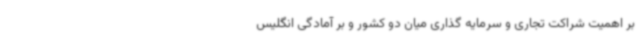
بر اهمیت شراکت تجاری و سرمایه گذاری میان دو کشور و بر آمادگی انگلیس